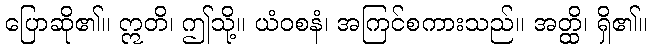
ပြောဆို၏။ ဣတိ၊ ဤသို့။ ယံဝစနံ၊ အကြင်စကားသည်။ အတ္ထိ၊ ရှိ၏။